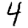
Digit: 4